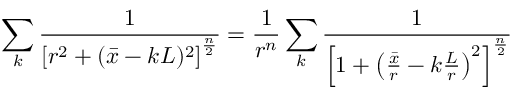
\sum _ { k } { \frac { 1 } { \left[ r ^ { 2 } + ( \bar { x } - k L ) ^ { 2 } \right] ^ { \frac { n } { 2 } } } } = { \frac { 1 } { r ^ { n } } } \sum _ { k } { \frac { 1 } { \left[ 1 + \left( { \frac { \bar { x } } { r } } - k { \frac { L } { r } } \right) ^ { 2 } \right] ^ { \frac { n } { 2 } } } }